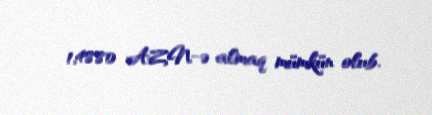
1,4880 AZN-ə almaq mümkün olub.